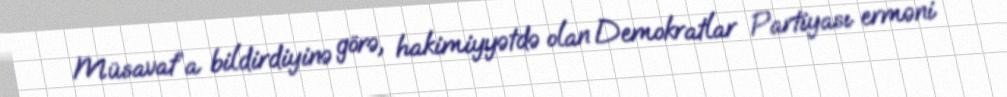
Müsavat”a bildirdiyinə görə, hakimiyyətdə olan Demokratlar Partiyası erməni